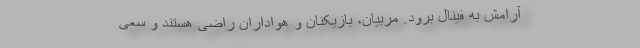
آرامش به فینال برود. مربیان، بازیکنان و هواداران راضی هستند و سعی